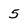
Character: 5